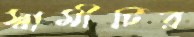
স্বামীটির